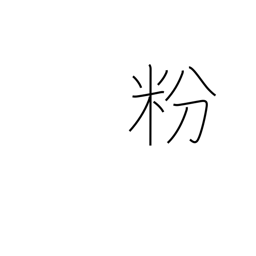
Meaning: flour